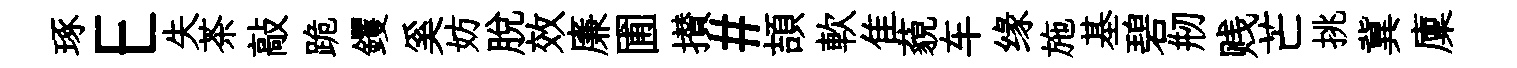
琢E失茶敲跪钁奚妨脱效廉圃攅#頡軟隹藐车缘施基碧剏贱芒挑冀廩